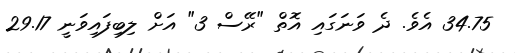
34.75 އެވެ. ދެ ވަނަގައި އޮތް "ރޭސް 3" އަށް ލިބިފައިވަނީ 29.17